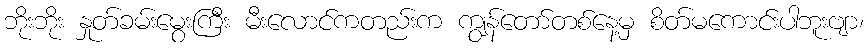
ဘိုးဘိုး နှုတ်ခမ်းမွေးကြီး မီးလောင်ကတည်းက ကျွန်တော်တစ်နေ့မှ စိတ်မကောင်းပါဘူးဗျာ၊